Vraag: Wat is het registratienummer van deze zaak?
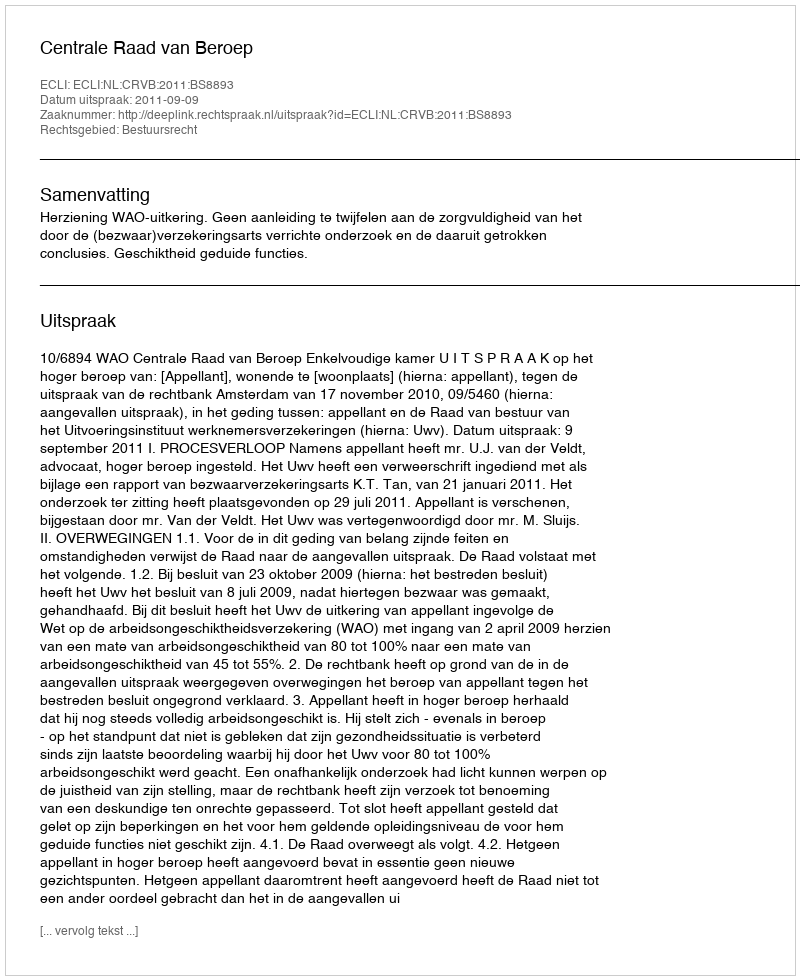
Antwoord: http://deeplink.rechtspraak.nl/uitspraak?id=ECLI:NL:CRVB:2011:BS8893